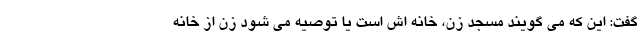
گفت: این که می گویند مسجدِ زن، خانه اش است یا توصیه می شود زن از خانه